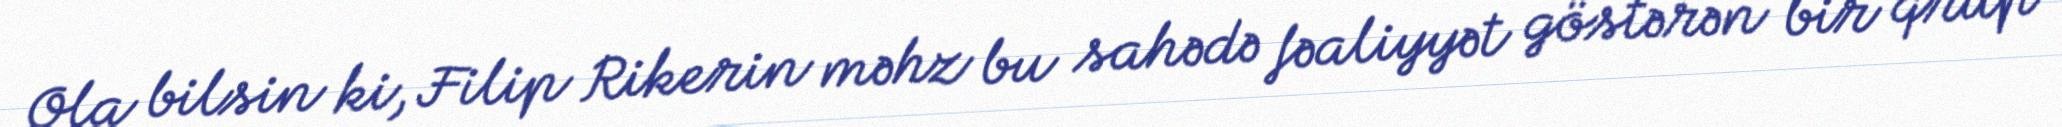
Ola bilsin ki, Filip Rikerin məhz bu sahədə fəaliyyət göstərən bir qrup